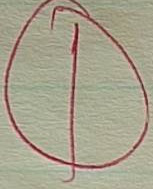
 1